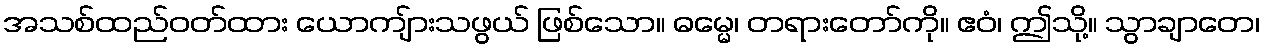
အသစ်ထည်ဝတ်ထား ယောကျ်ားသဖွယ် ဖြစ်သော။ ဓမ္မေ၊ တရားတော်ကို။ ဧဝံ၊ ဤသို့။ သွာချာတေ၊